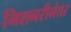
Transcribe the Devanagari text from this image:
मिशनरीनंतर